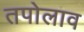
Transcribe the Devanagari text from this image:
तपोलाव